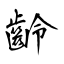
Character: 齡